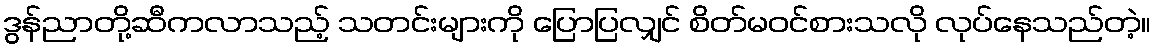
ဒွန်ညာတို့ဆီကလာသည့် သတင်းများကို ပြောပြလျှင် စိတ်မဝင်စားသလို လုပ်နေသည်တဲ့။